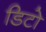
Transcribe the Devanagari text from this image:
डिटो